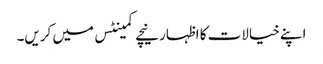
اپنے خیالات کا اظہار نیچے کمینٹس میں کریں۔